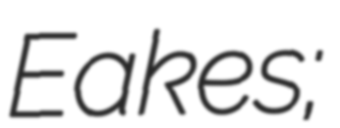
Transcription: Eakes;